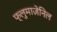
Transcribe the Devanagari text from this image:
फ्लुमाज़ेनिल